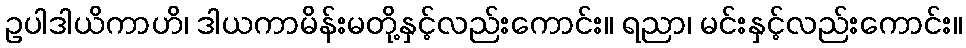
ဥပါဒါယိကာဟိ၊ ဒါယကာမိန်းမတို့နှင့်လည်းကောင်း။ ရညာ၊ မင်းနှင့်လည်းကောင်း။